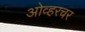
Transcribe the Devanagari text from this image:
ओव्हरचर